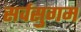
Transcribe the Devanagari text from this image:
सर्वसुगम